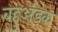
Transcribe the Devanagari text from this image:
बहुअंडक